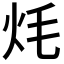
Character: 𭴎